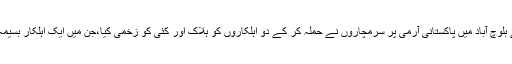
جمعرات کے روز بیسمہ کے علاقے راغے بلوچ آباد میں پاکستانی آرمی پر سرمچاروں نے حملہ کر کے دو اہلکاروں کو ہلاک اور کئی کو زخمی کیا،جن میں ایک اہلکار بسیمہ ہسپتال میں پہنچنے سے پہلے ہلاک ہو گیا۔